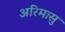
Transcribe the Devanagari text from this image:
अरिमासु